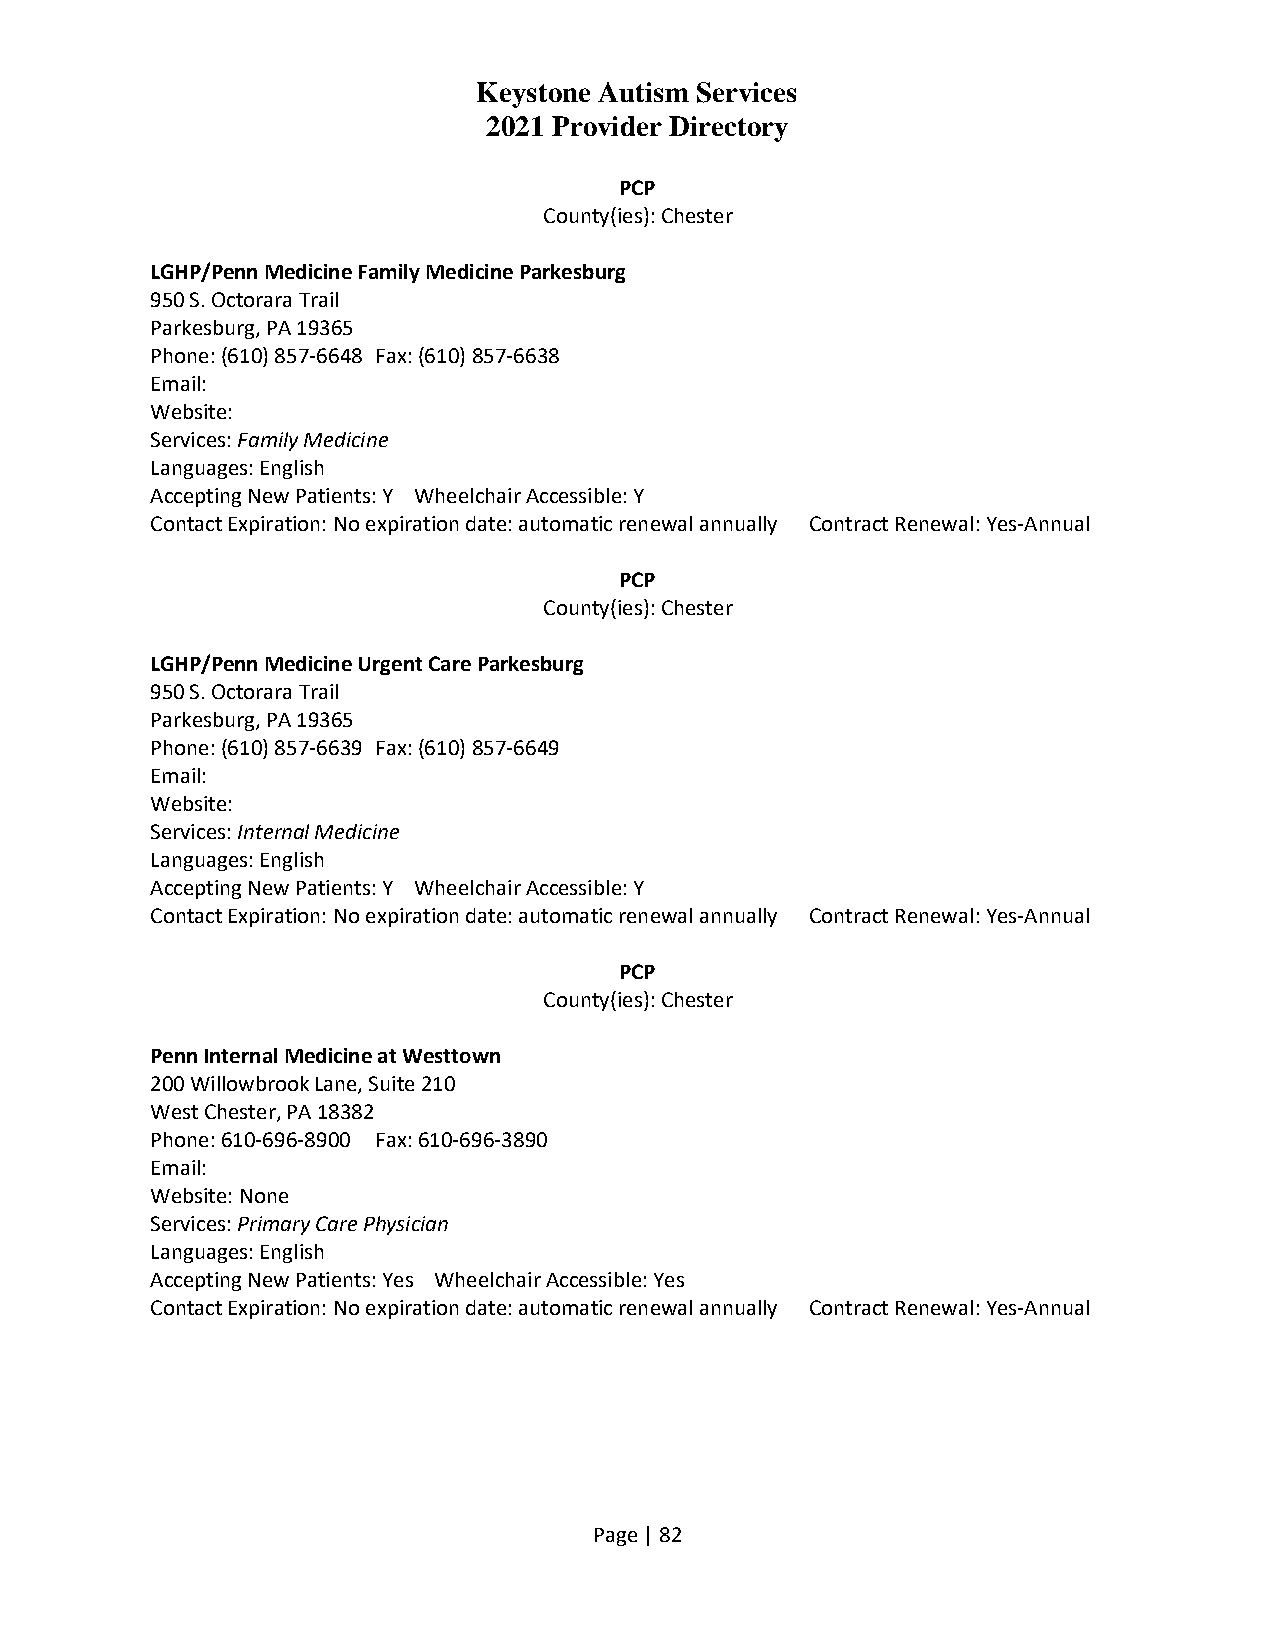
Keystone Autism Services
 2021 Provider Directory
 PCP
 County(ies): Chester
 LGHP/Penn Medicine Family Medicine Parkesburg
 950 S. Octorara Trail
 Parkesburg, PA 19365
 Phone: (610) 857-6648 Fax: (610) 857-6638
 Email:
 Website:
 Services: Family Medicine
 Languages: English
 Accepting New Patients: Y Wheelchair Accessible: Y
 Contact Expiration: No expiration date: automatic renewal annually Contract Renewal: Yes-Annual
 PCP
 County(ies): Chester
 LGHP/Penn Medicine Urgent Care Parkesburg
 950 S. Octorara Trail
 Parkesburg, PA 19365
 Phone: (610) 857-6639 Fax: (610) 857-6649
 Email:
 Website:
 Services: Internal Medicine
 Languages: English
 Accepting New Patients: Y Wheelchair Accessible: Y
 Contact Expiration: No expiration date: automatic renewal annually Contract Renewal: Yes-Annual
 PCP
 County(ies): Chester
 Penn Internal Medicine at Westtown
 200 Willowbrook Lane, Suite 210
 West Chester, PA 18382
 Phone: 610-696-8900 Fax: 610-696-3890
 Email:
 Website: None
 Services: Primary Care Physician
 Languages: English
 Accepting New Patients: Yes Wheelchair Accessible: Yes
 Contact Expiration: No expiration date: automatic renewal annually Contract Renewal: Yes-Annual
 Page | 82